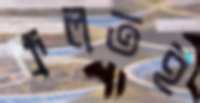
কলতই